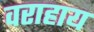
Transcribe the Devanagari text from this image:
वराहाय